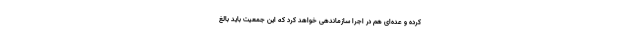
کرده و عده‌ای هم در اجرا سازماندهی خواهد کرد که این جمعیت باید بالغ